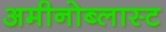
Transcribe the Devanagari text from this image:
अमीनोब्लास्ट